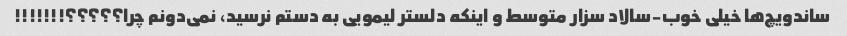
ساندویچ‌ها خیلی خوب-سالاد سزار متوسط و اینکه دلستر لیمویی به دستم نرسید، نمی‌دونم چرا؟؟؟؟؟!!!!!!!